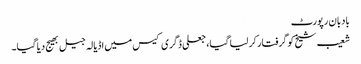
بادبان رپورٹ
شعیب شیخ کو گرفتار کر لیا گیا، جعلی ڈگری کیس میں اڈیالہ جیل بھیج دیا گیا۔